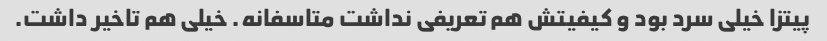
پیتزا خیلی سرد بود و کیفیتش هم تعریفی نداشت متاسفانه. خیلی هم تاخیر داشت.